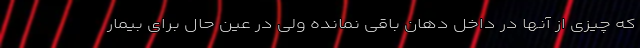
که چیزی از آنها در داخل دهان باقی نمانده ولی در عین حال برای بیمار